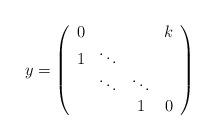
LaTeX: \begin{align*}y =\left( \begin{array} {cccc} 0 & & & k \\ 1 & \ddots & & \\ & \ddots & \ddots & \\ & & 1 & 0 \end{array} \right)\end{align*}